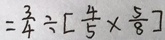
= \frac { 3 } { 4 } \div [ \frac { 4 } { 5 } \times \frac { 5 } { 8 } ]